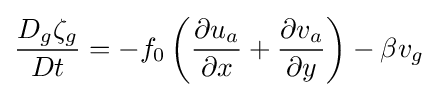
{{D_{g}\zeta _{g} \over Dt}=-f_{0}\left({{\partial u_{a} \over \partial x}+{\partial v_{a} \over \partial y}}\right)-\beta v_{g}}